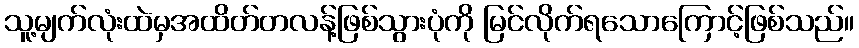
သူ့မျက်လုံးထဲမှအထိတ်တလန့်ဖြစ်သွားပုံကို မြင်လိုက်ရသောကြောင့်ဖြစ်သည်။